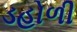
ડહોળી